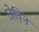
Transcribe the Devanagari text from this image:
जेविन